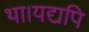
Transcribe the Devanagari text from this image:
था।यद्यपि